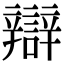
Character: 辯